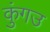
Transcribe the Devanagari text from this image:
कुंगउ